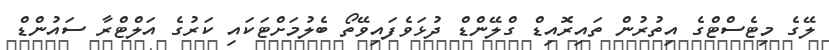
ލޭގެ މިޓެސްޓްގެ އިތުރުން ތައިރޮއިޑް ގްލޭންޑް ދުޅަވެފައިވޭތޯ ބެލުމަށްޓަކައި ކަރުގެ އަލްޓްރާ ސައުންޑް